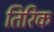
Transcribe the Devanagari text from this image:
तिरिक